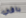
باقي